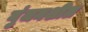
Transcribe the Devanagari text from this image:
गुंजनशील